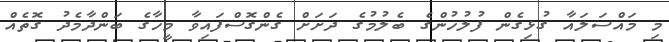
މި މައްސަލައާ ގުޅިގެން ފުލުހުންގެ ބެލުމުގެ ދަށަށް ގެންގޮސްފައިވާ މީހާގެ ބަންދާމެދު ގޮތެއް